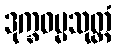
ဒုက္ခဓမ္မသုတ္တံ